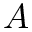
\boldsymbol { A }